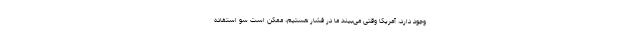
وجود دارد، آمریکا وقتی می‌بیند ما در فشار هستیم، ممکن است سو استفاده